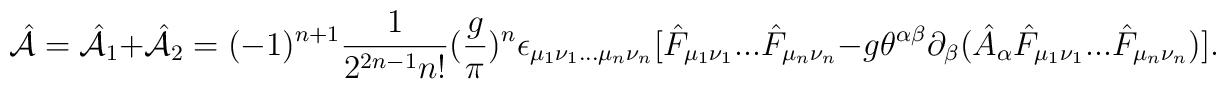
\hat{\cal A}=\hat{\cal A}_1+\hat{\cal A}_2=(-1)^{n+1}{1\over{2^{2n-1}n!}}({g\over \pi})^n \epsilon _{\mu_1\nu _1...\mu _n\nu _n} [\hat F_{\mu _1\nu _1}... \hat F_{\mu_n\nu _n}-g\theta ^{\alpha \beta }\partial _\beta (\hat A_\alpha\hat F_{\mu _1\nu _1}...\hat F_{\mu _n\nu _n})].